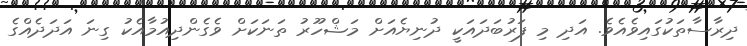
ދިރާސާތަކުގައިވެއެވެ. އަދި މި ފަރުބަދައަކީ ދުނިޔެއަށް މަޝްހޫރު ތަނަކަށް ވެގެންދިއުމާއެކު ގިނަ އަދަދެއްގެ